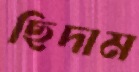
ছিদাম